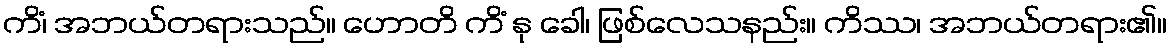
ကိံ၊ အဘယ်တရားသည်။ ဟောတိ ကိံ နု ခေါ၊ ဖြစ်လေသနည်း။ ကိဿ၊ အဘယ်တရား၏။